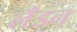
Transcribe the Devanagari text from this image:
लॅंडन